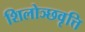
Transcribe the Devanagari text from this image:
शिलोञ्छवृत्ति